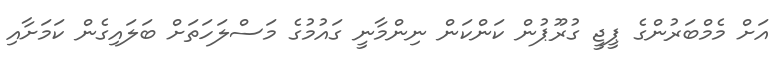
އަށް މެމްބަރުންގެ ޕީޖީ ގުރޫޕުން ކަންކަން ނިންމާނީ ގައުމުގެ މަސްލަހަތަށް ބަލައިގެން ކަމަށާއި